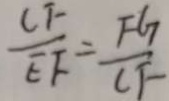
\frac { C F } { E F } = \frac { F G } { C F }